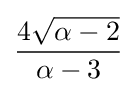
{\frac {4{\sqrt {\alpha -2}}}{\alpha -3}}\!